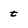
Character: t